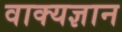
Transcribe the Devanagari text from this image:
वाक्यज्ञान